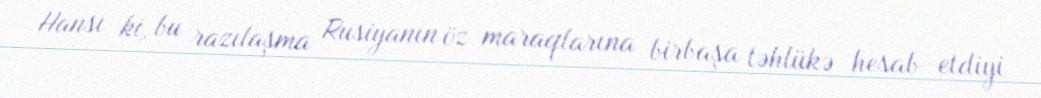
Hansı ki, bu razılaşma Rusiyanın öz maraqlarına birbaşa təhlükə hesab etdiyi